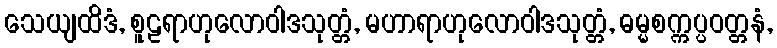
သေယျထိဒံ, စူဠရာဟုလောဝါဒသုတ္တံ, မဟာရာဟုလောဝါဒသုတ္တံ, ဓမ္မစက္ကပ္ပဝတ္တနံ,